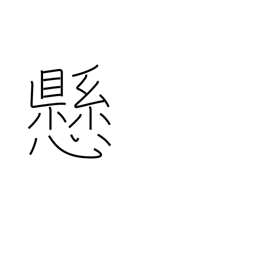
Meaning: state of suspension